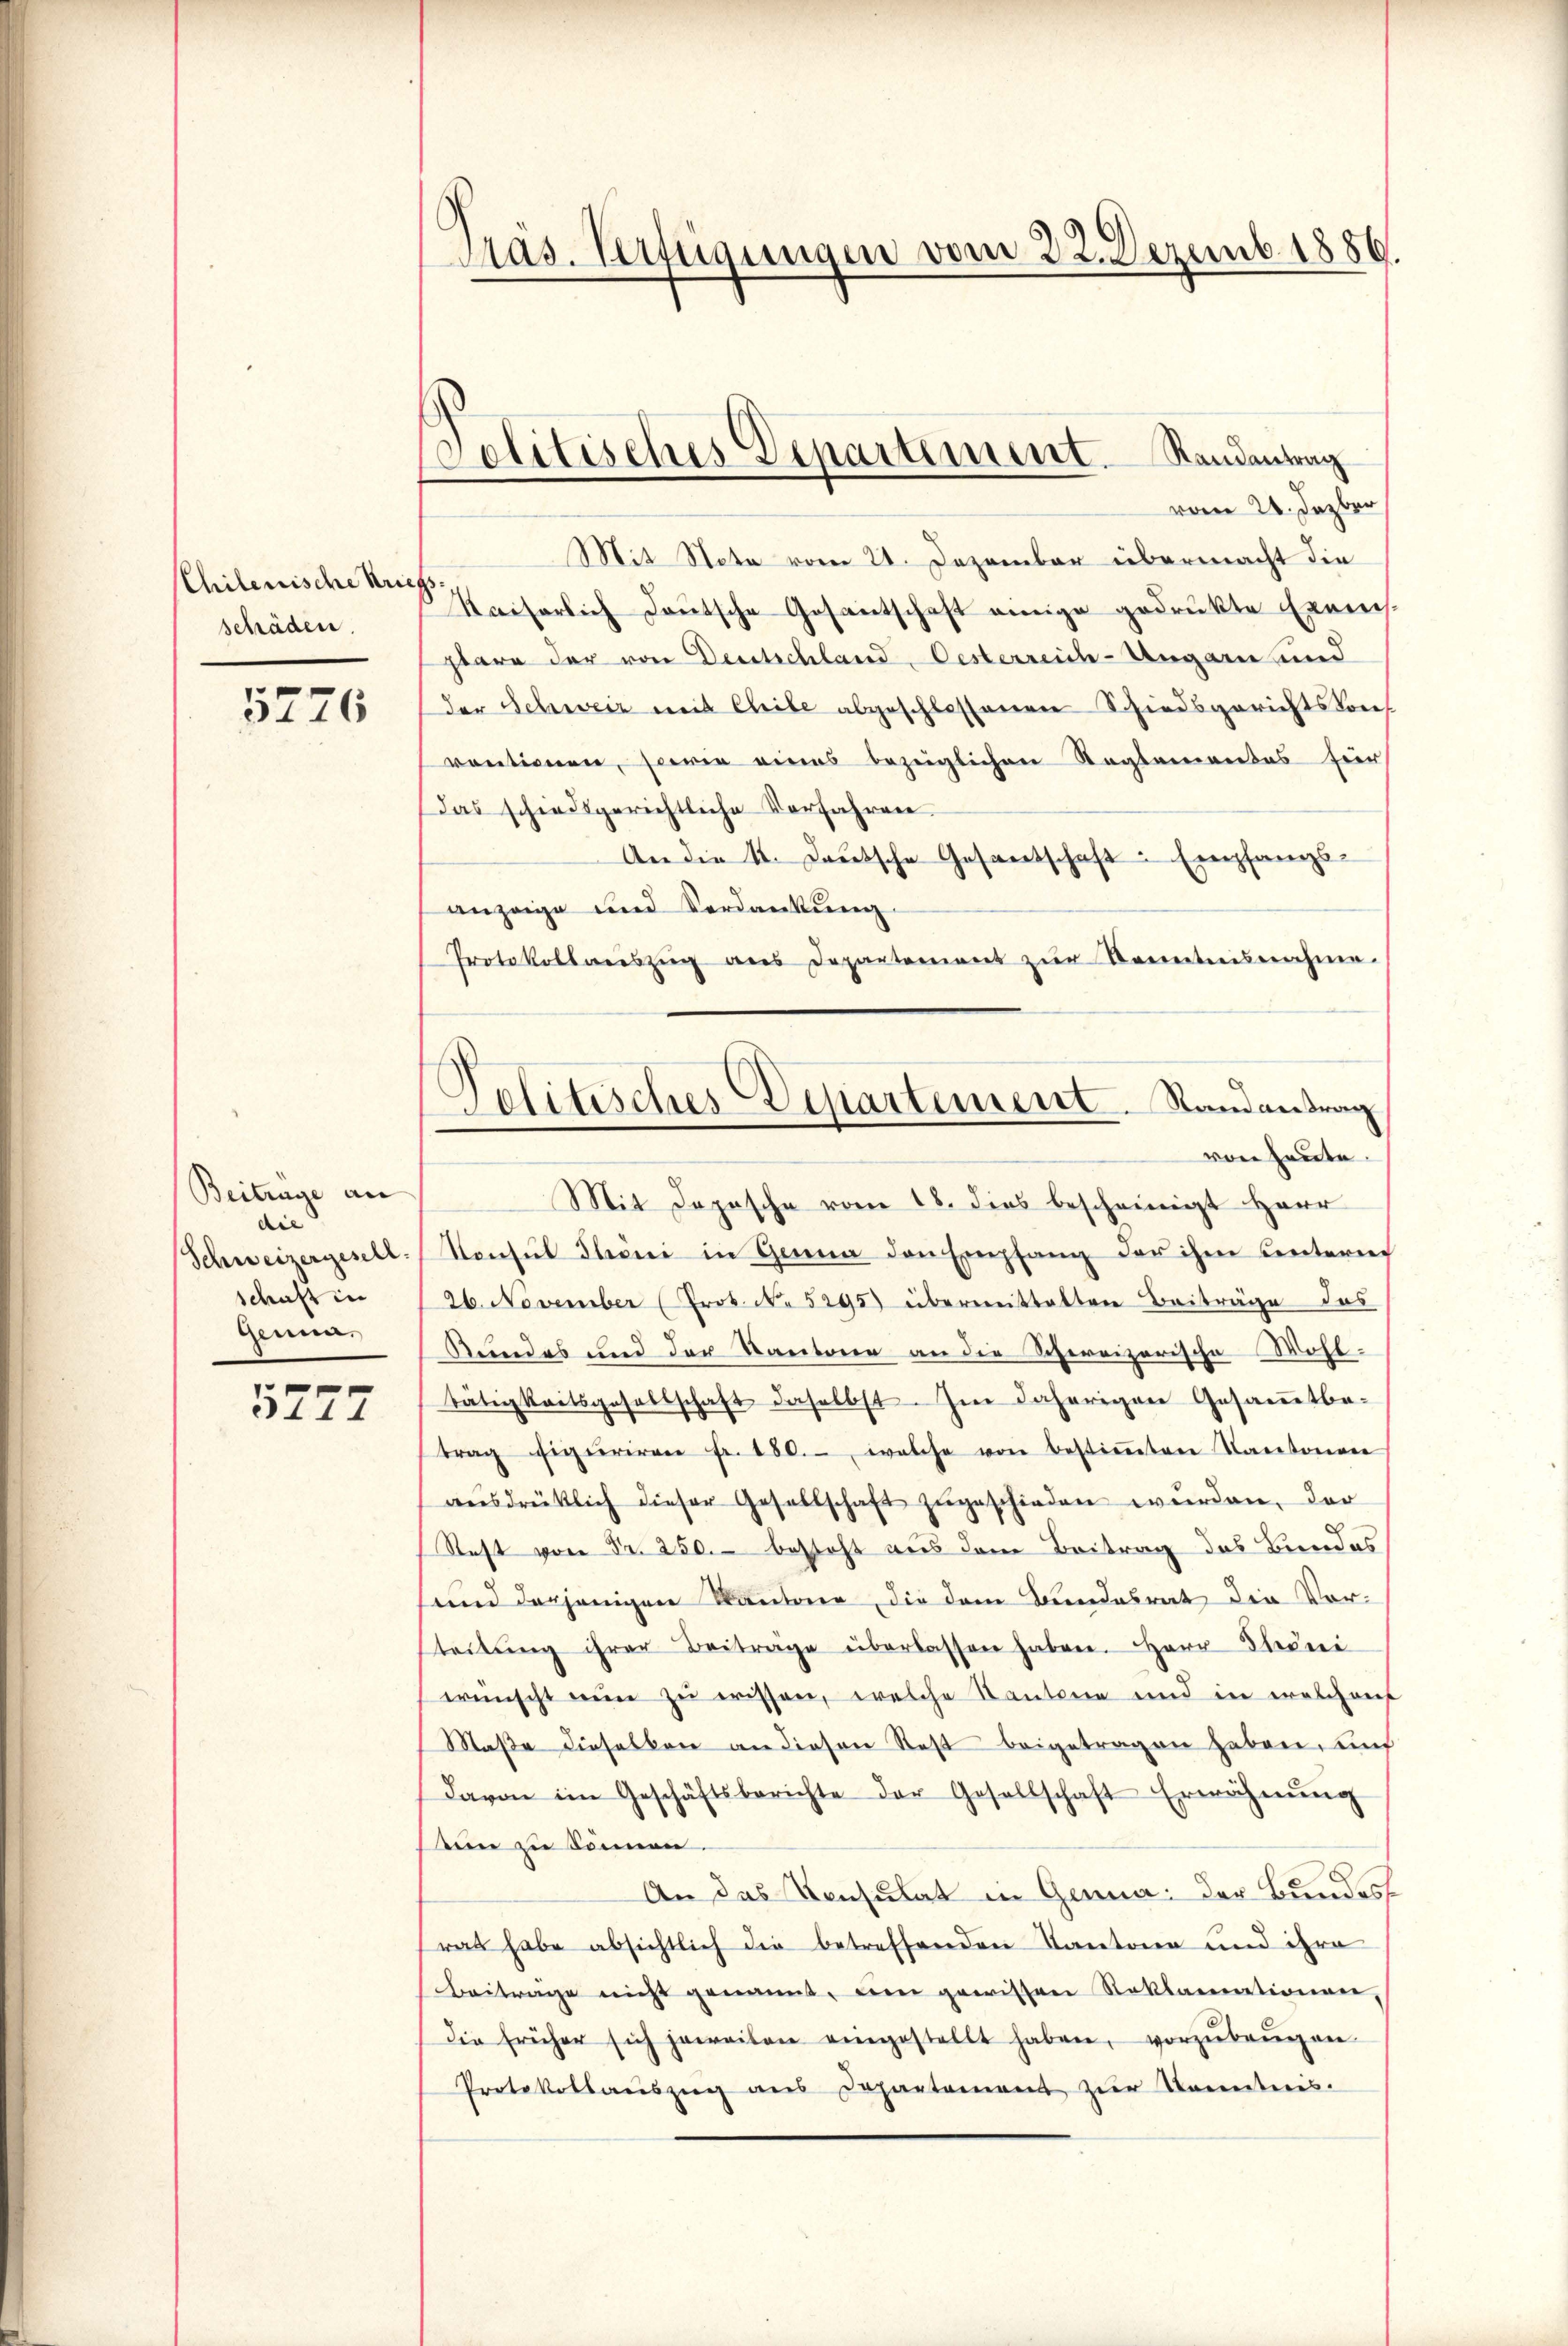
Chilenische Krie
schäden.

5276

Beitrage an
die
Schweizergesell
schaft in
Genua,

e
114

Pras. Verftigungen vom 22. Dezemb. 1886

Jolitisches Departement. Randantrag

vom 24. Jazber
Mit Nota vom 21. Dezember übermacht die
Kaiserlich Deutsche Gesantschaft einige gedrukte Exemsstare der von Deutschland-Oesterreich-Ungarn und
der Schweiz mit Chile abgeschlossenen Schiedsgerichtskonf
ventionen, sowie eines bezeiglichen Reglementes für
Das schiedsgerichtliche Verfahren.
An die 4. Lautsche Gesandschaft: Empfangsanzeige und Verdankung.
Protokollauszug aus Departement zŭr Kenntnisnahme
Mit Depesche vom 18. dies bescheinigt Herr
Konsul Throni in Genua den Empfang der ihm unterrei
26. November (Prot. No 5295) übermittalten Beiträge das
Rundes und der Kantone an die Schweizerische Wohltätigkeitsgesellschaft daselbst. Im daherigen Gesammtbe-
trag figuriren fr. 180. welche von bestiṁten Kantonen
aŭsdrüklich dieser Gesellschaft zŭgeschieden wŭrden, der
Rest von Fr. 250. besteht aus dem Beitrag des Bundes
und derjenigen Kantone, die dem Bundesrat die Vorsteilŭng ihrer Beiträge überlassen haben. Herr Steirei
wünscht nun zu wissen, welche Kantone und in welchem
Maße dieselben an diesen Rest beigetragen haben, und
Davon im Geschäftsberichte der Gesellschaft Erwähnŭng
een zu können.
An das Konsulat in Genua: der Bundes
rat habe absichtlich die betreffenden Kantone und ihre
Beiträge nicht genannt, um gewissen Reklamationen,
die früher sich jeweiten eingestellt haben, vorzŭbeŭgen
Protokollaŭszŭg ans Departemens zŭr Kenntnis.

)
Politisches Departement. Randantrag
von heute.